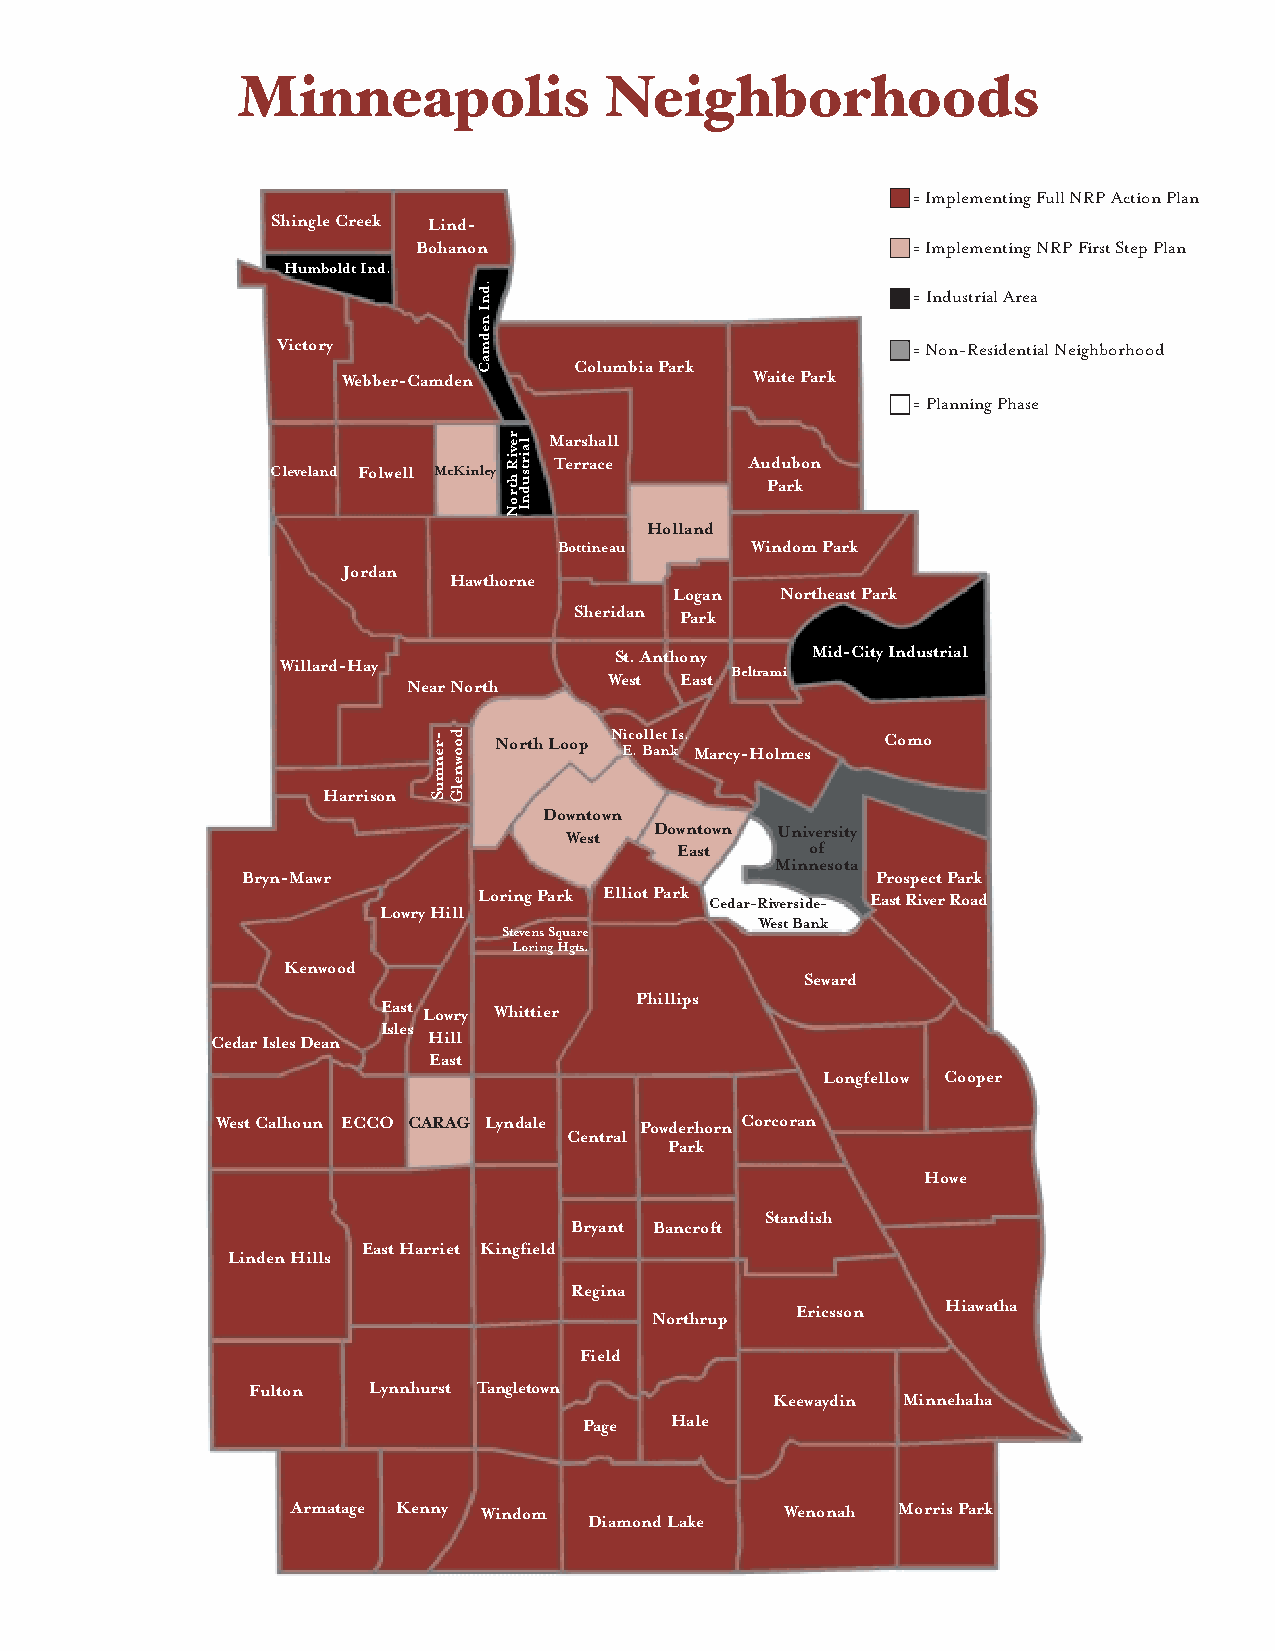
Minneapolis             Neighborhoods
 = Implementing Full NRPAction Plan
 Shingle Creek Lind-
 Bohanon                         = Implementing NRPFirst Step Plan
 Humboldt Ind.
 = Industrial Area
 Victory                                   = Non-Residential Neighborhood
 Columbia Park
 Webber-Camden              Waite Park
 = Planning Phase
 Marshall
 Terrace      Audubon
 Cleveland Folwell McKinley
 Park
 Holland
 Bottineau    Windom Park
 Jordan
 Hawthorne
 Logan  Northeast Park
 Sheridan Park
 St. Anthony  Mid-City Industrial
 Willard-Hay
 West East Beltrami
 Near North
 North Loop Nicollet Is.   Como
 E. Bank Marcy-Holmes
 Harrison
 Downtown
 Downtown University
 West
 East     of
 Minnesota
 Bryn-Mawr                                 Prospect Park
 Loring Park Elliot Park Cedar-Riverside- East River Road
 Lowry Hill
 West Bank
 Stevens Square
 Loring Hgts.
 Kenwood
 Seward
 Phillips
 East Lowry Whittier
 Isles
 Cedar Isles Dean Hill
 East
 Longfellow Cooper
 West Calhoun ECCO CARAG Lyndale Powderhorn Corcoran
 Central
 Park
 Howe
 Standish
 Bryant Bancroft
 East Harriet Kingfield
 Linden Hills
 Regina
 Ericsson  Hiawatha
 Northrup
 Field
 Fulton Lynnhurst Tangletown
 Keewaydin Minnehaha
 Page Hale
 Armatage Kenny Windom            Wenonah Morris Park
 Diamond Lake
 -renmuS doownelG
 .dnI
 nedmaC
 reviR
 htroN
 lairtsudnI